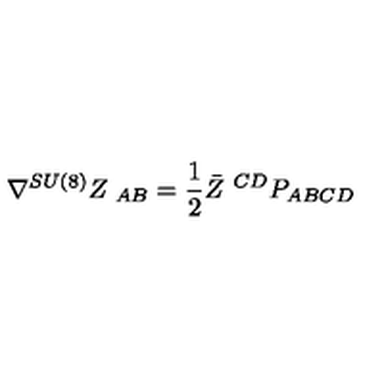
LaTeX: \nabla ^ { S U ( 8 ) } Z _ { \ A B } = { \frac { 1 } { 2 } } \bar { Z } ^ { \ C D } P _ { A B C D }